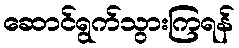
ဆောင်ရွက်သွားကြရန်